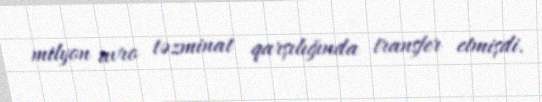
milyon avro təzminat qarşılığında transfer etmişdi.